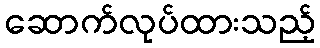
ဆောက်လုပ်ထားသည့်